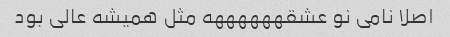
اصلا نامی نو عشقههههههه مثل همیشه عالی بود